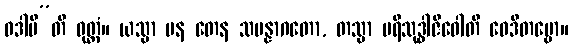
ဝဒါမီ”တိ ဝုတ္တံ။ ယသ္မာ ပန တေန သမန္နာဂတော, တသ္မာ ပရိသုဒ္ဓါဇီဝေါတိ ဝေဒိတဗ္ဗော။